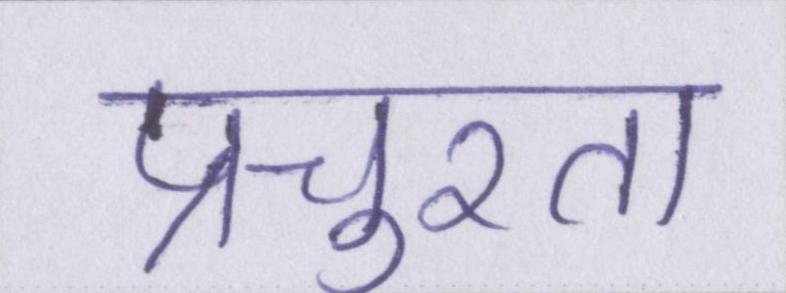
प्रचुरता